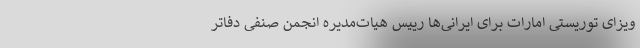
ویزای توریستی امارات برای ایرانی‌ها رییس هیات‌مدیره انجمن صنفی دفاتر